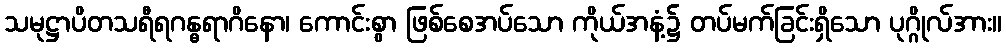
သမုဋ္ဌာပိတသရီရဂန္ဓရာဂိနော၊ ကောင်းစွာ ဖြစ်စေအပ်သော ကိုယ်အနံ့၌ တပ်မက်ခြင်းရှိသော ပုဂ္ဂိုလ်အား။